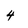
Character: 4